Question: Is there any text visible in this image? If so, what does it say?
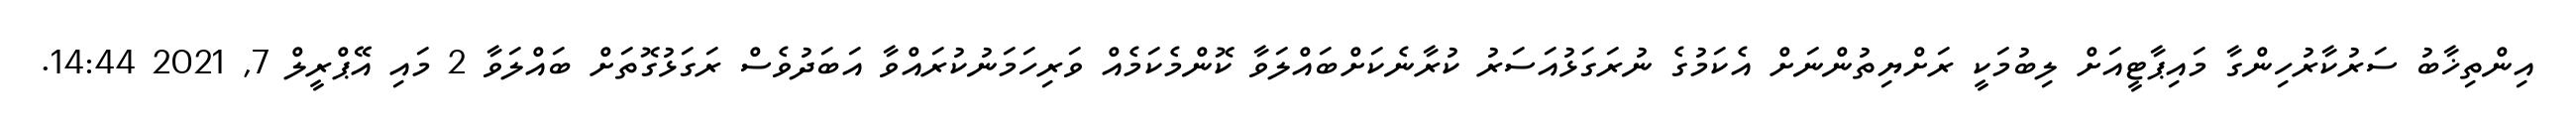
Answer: އިންތިޚާބު ސަރުކާރުހިންގާ މައިޕާޓީއަށް ލިބުމަކީ ރަށްޔިތުންނަށް އެކަމުގެ ނުރަގަޅުއަސަރު ކުރާނެކަށްބައްލަވާ ކޮންމެކަމެއް ވަރިހަމަނުކުރައްވާ އަބަދުވެސް ރަގަޅުގޮތަށް ބައްލަވާ 2 މައި އޭޕްރީލް 7, 2021 14:44.